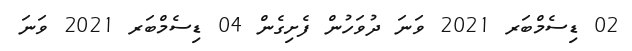
02 ޑިސެމްބަރ 2021 ވަނަ ދުވަހުން ފެށިގެން 04 ޑިސެމްބަރ 2021 ވަނަ